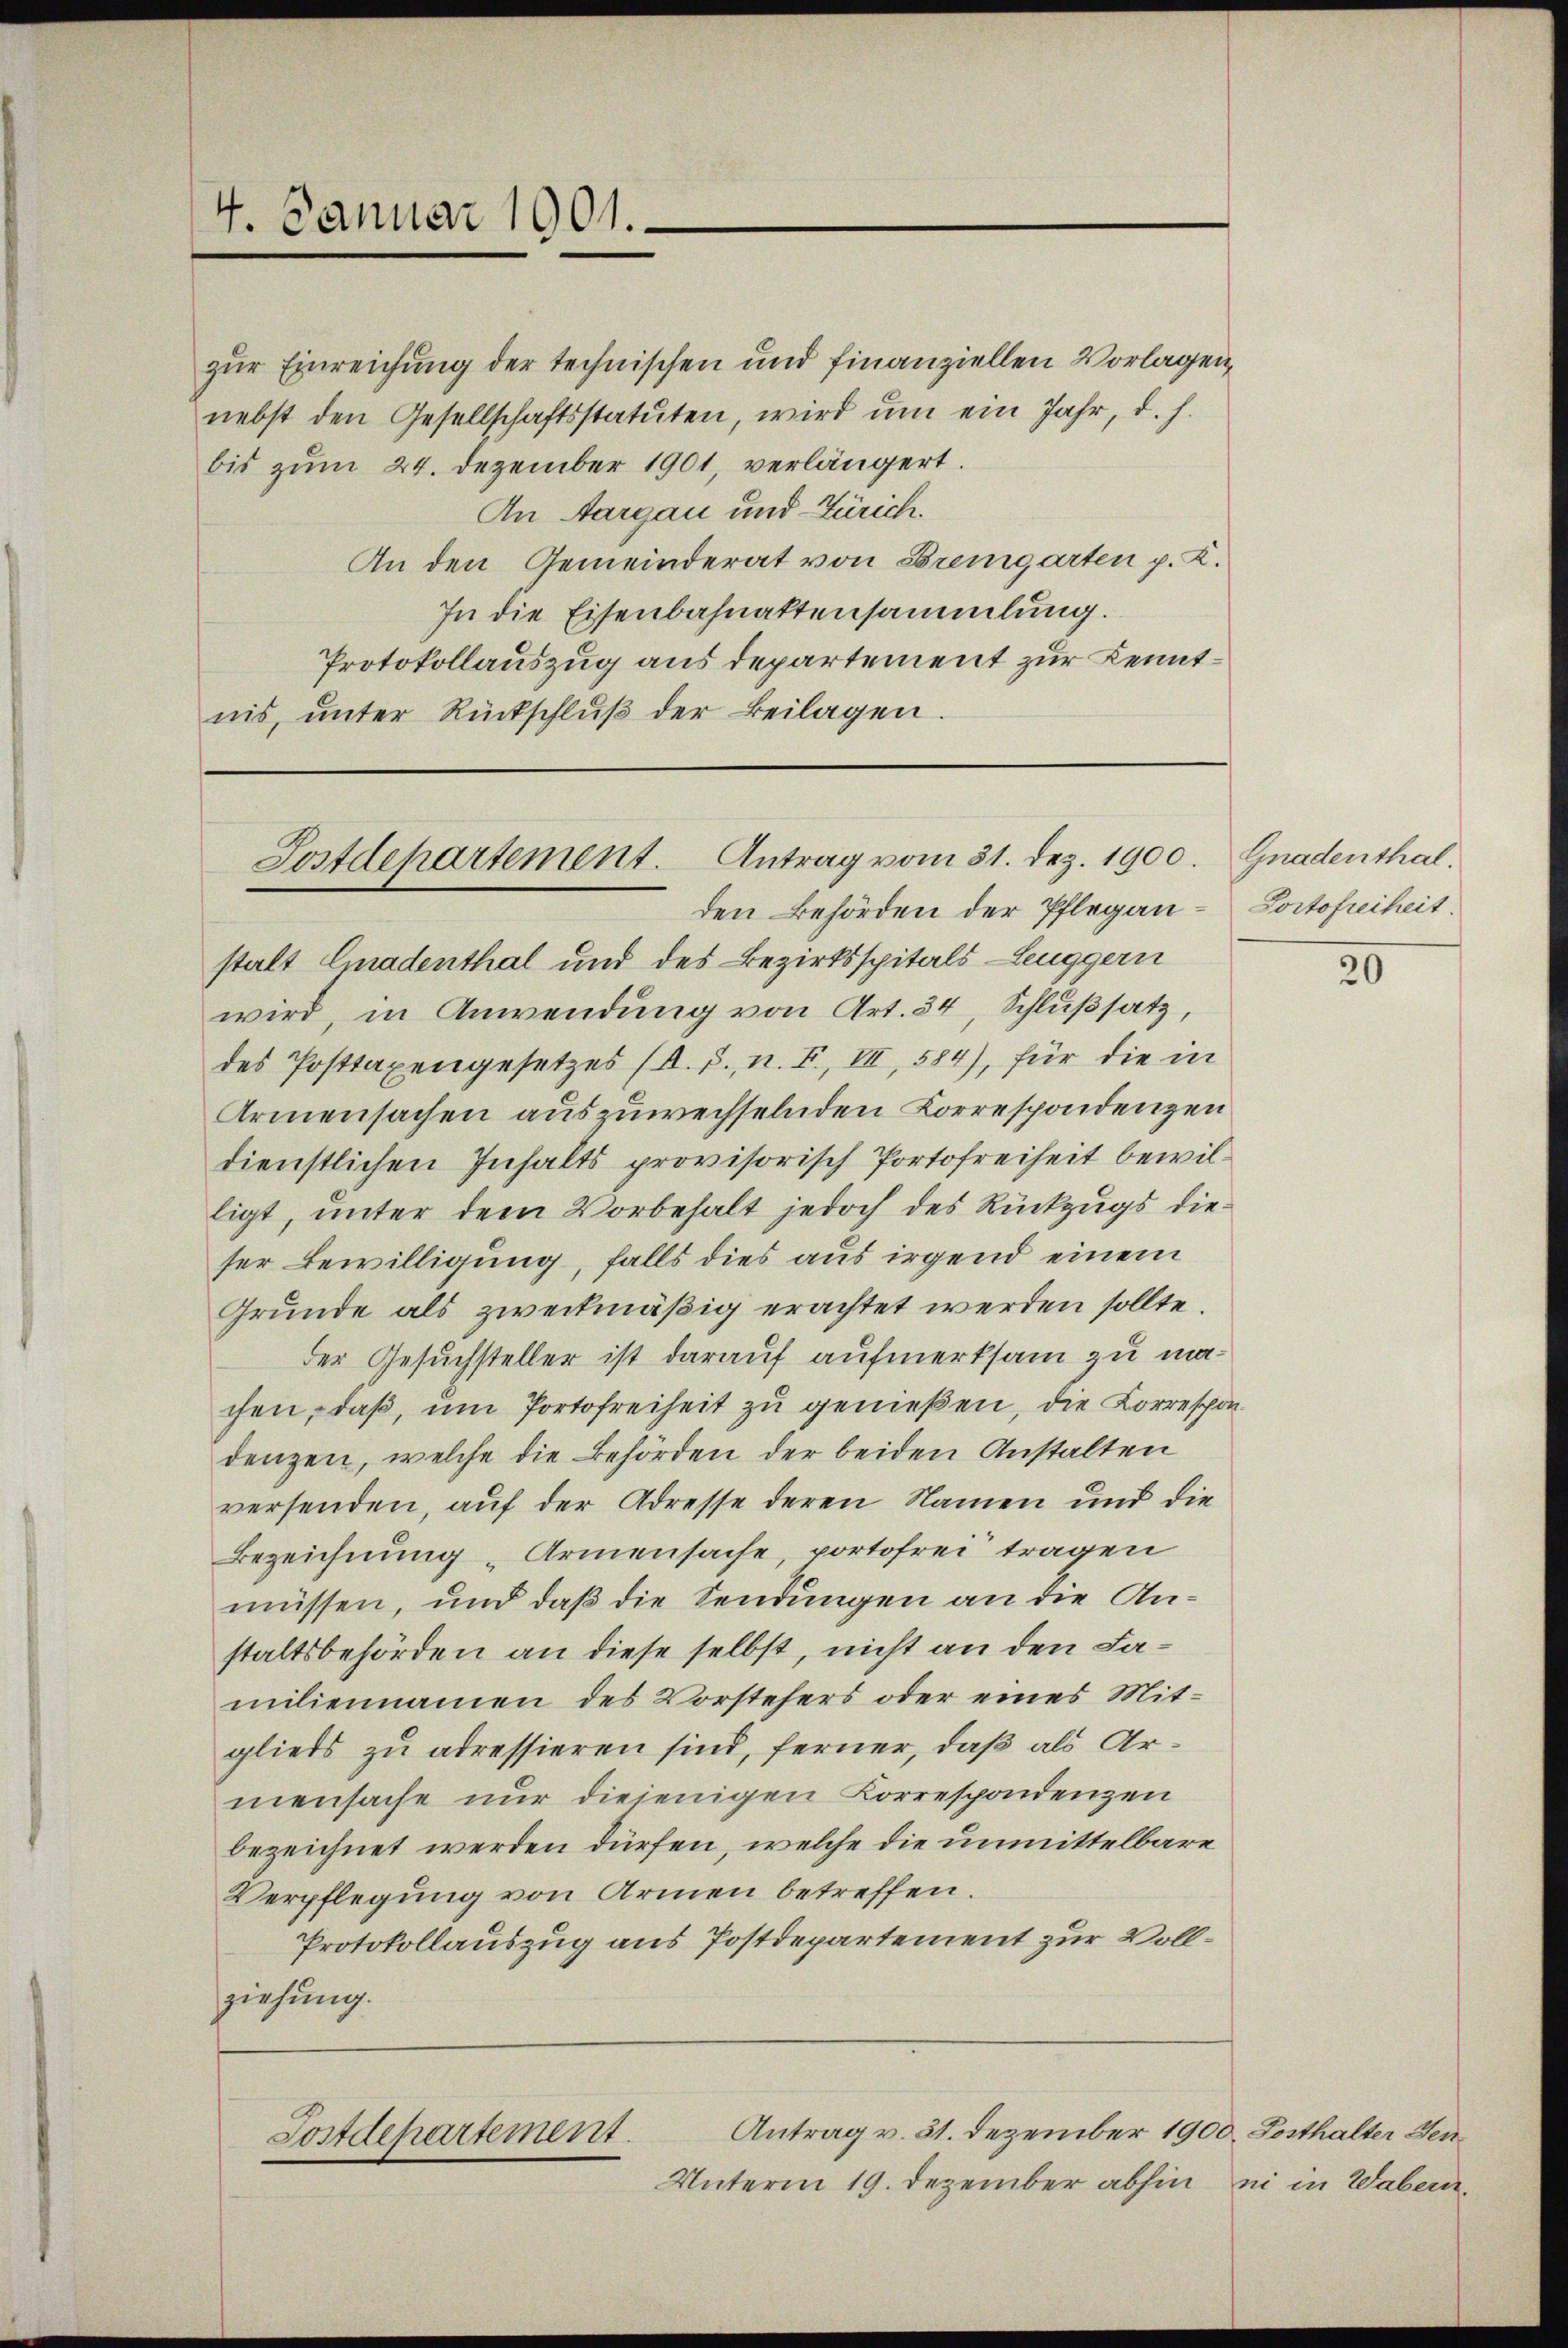
4. Januar 1901.

zur Einreichung der technischen und finanziellen Vorlagen,
nebst den Gesellschaftsstatuten, wird ŭm ein Jahr, d. h.
bis zum 24. Dezember 1901, verlängert.
An Aargau und Zürich.
An den Gemeinderat von Bremgarten p. K.
In die Eisenbahnattensammlung.
Protokollauszug aus departement zur Kenntnis, unter Rückschlŭβ der Beilagen.

Postdepartement. Antrag vom 31. Dez. 1900.
den Behörden der Pflegan-Portofreiheit.

Antrag v. 31. Dezember 1900. Posthalter Sen¬
Sostdepartement.

stalt Emadenthal und des Bezirksspitals Leuggern
wird, in Anwendung von Art. 34, Schlußsatz,
des Posttaxengesetzes (A. S., n. F. VII, 584), für die in
Armensachen auszuwechselnden Korrespondenzen
dienstlichen Inhalts provisorisch Portofreiheit bewilligt, unter dem Vorbehalt jedoch des Rückzugs dieser Bewilligung, falls dies aus irgend einem
Grunde als zweckmäßig erachtet werden sollte.
der Gesuchsteller ist darauf aufmerksam zu machen, daß, um Portofreiheit zu genießen, die Korrespondenzen, welche die Behörden der beiden Anstalten
versenden, auf der Adresse deren Namen und die
Bezeichnung „Armensache portofrei tragen
müssen, und daß die Sendungen an die Anstaltsbehörden an diese selbst, nicht an den Familiennamen des Vorstehers oder eines Mitglieds zu adressieren sind, ferner, daß als Armensache nur diejenigen Korrespondenzen
bezeichnet werden dürfen, welche die unmittelbare
Verpflegung von Armen betreffen.
Protokollauszug aus Postdepartement zur Vollziehung.

Unterm 19. Dezember abhin ei in Wabern.

Gnadenthal.

20